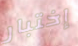
إختبار